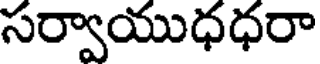
సర్వాయుధధరా